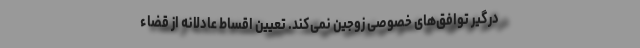
درگیر توافق‌های خصوصی زوجین نمی‌کند. تعیین اقساط عادلانه از قضاء